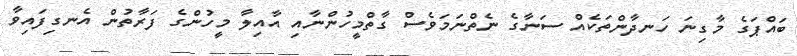
ބައްޕަގެ މާގިނަ ހަނދާންތަކެއް ސަނާގެ ނެތްނަމަވެސް ގާތްމީހުންނާއި އާއިލާ މީހުންގެ ފަރާތުން އެނގިފައިވާ